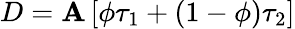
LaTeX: D=\mathbf{A}\left[\phi\tau_{1}+(1-\phi)\tau_{2}\right]